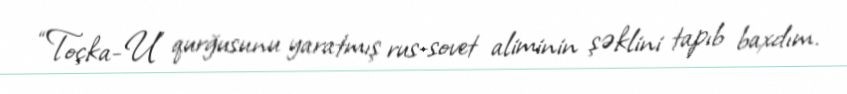
“Toçka-U” qurğusunu yaratmış rus-sovet aliminin şəklini tapıb baxdım.